Indian Civil Veterinary Department memoirs
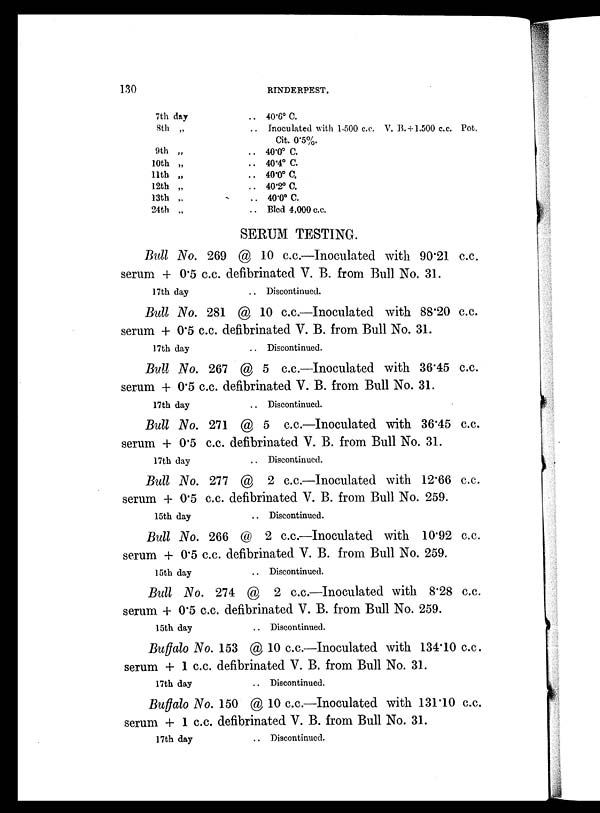
130
RINDERPEST.
7th day
8th „
9th „
10th „
11th „
12th „
13th „
24th „
.. 40.6º C.
.. Inoculated with 1.500 c.c. V. B.+1,500 c.c. Pot.
Cit. 0.5%.
.. 40.0º C.
.. 40.4º C.
.. 40.0º C.
.. 40.2º C.
.. 40.0º C.
.. Bled 4,000 c.c.
SERUM TESTING.
Bull No. 269 @ 10 c.c.—Inoculated with 90.21 c.c.
serum + 0.5 c.c. defibrinated V. B. from Bull No. 31.
17th day
.. Discontinued.
Bull No. 281 @ 10 c.c.—Inoculated with 88.20 c.c.
serum + 0.5 c.c. defibrinated V. B. from Bull No. 31.
17th day
.. Discontinued.
Bull No. 267 @ 5 c.c.—Inoculated with 36.45 c.c.
serum + 0.5 c.c. defibrinated V. B. from Bull No. 31.
17th day
.. Discontinued.
Bull No. 271 @ 5 c.c.—Inoculated with 36.45 c.c.
serum + 0.5 c.c. defibrinated V. B. from Bull No. 31.
17th day
.. Discontinued.
Bull No. 277 @ 2 c.c.—Inoculated with 12.66 c.c.
serum + 0.5 c.c. defibrinated V. B. from Bull No. 259.
15th day
.. Discontinued.
Bull No. 266 @ 2 c.c.—Inoculated with 10.92 c.c.
serum + 0.5 c.c. defibrinated V. B. from Bull No. 259.
15th day
.. Discontinued.
Bull No. 274 @ 2 c.c.—Inoculated with 8.28 c.c.
serum + 0.5 c.c. defibrinated V. B. from Bull No. 259.
15th day
.. Discontinued.
Buffalo No. 153 @ 10 c.c.—Inoculated with 134.10 c.c.
serum + 1 c.c. defibrinated V. B. from Bull No. 31.
17th day
.. Discontinued.
Buffalo No. 150 @ 10 c.c.—Inoculated with 131.10 c.c.
serum + 1 c.c. defibrinated V. B. from Bull No. 31.
17th day
.. Discontinued.